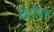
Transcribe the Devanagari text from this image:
विशीयस